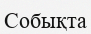
Собықта